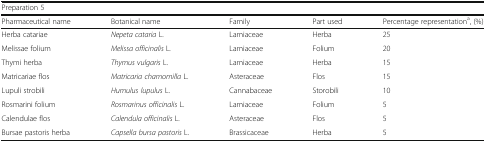
| <COLSPAN=5> Preparation 5 |
 | Pharmaceutical name | Botanical name | Family | Part used | Percentage representationa, (%) |
 | --- | --- | --- | --- | --- |
 | Herba catariae | Nepeta cataria L. | Lamiaceae | Herba | 25 |
 | Melissae folium | Melissa officinalis L. | Lamiaceae | Folium | 20 |
 | Thymi herba | Thymus vulgaris L. | Lamiaceae | Herba | 15 |
 | Matricariae flos | Matricaria chamomilla L. | Asteraceae | Flos | 15 |
 | Lupuli strobili | Humulus lupulus L. | Cannabaceae | Storobili | 10 |
 | Rosmarini folium | Rosmarinus officinalis L. | Lamiaceae | Folium | 5 |
 | Calendulae flos | Calendula officinalis L. | Asteraceae | Flos | 5 |
 | Bursae pastoris herba | Capsella bursa pastoris L. | Brassicaceae | Herba | 5 |